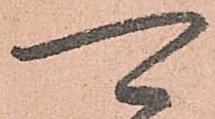
可